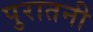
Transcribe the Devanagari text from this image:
पुरातनी